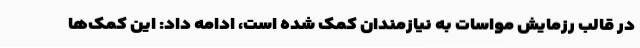
در قالب رزمایش مواسات به نیازمندان کمک شده است، ادامه داد: این کمک‌ها